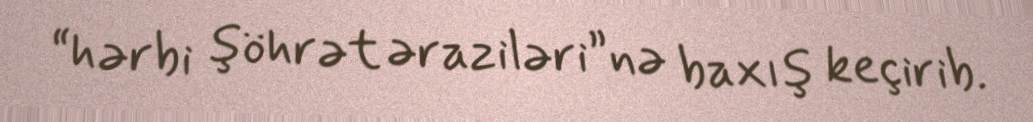
“hərbi şöhrət əraziləri”nə baxış keçirib.